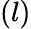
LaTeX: (l)